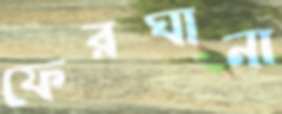
ফেরঘানা